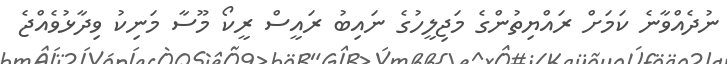
ނުދެއްވާނެ ކަމަށް ރައްޔިތުންގެ މަޖިލީހުގެ ނައިބު ރައީސް ރީކޯ މޫސާ މަނިކު ވިދާޅުވެއްޖެ